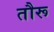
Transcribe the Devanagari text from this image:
तौरू